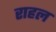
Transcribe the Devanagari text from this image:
राहल